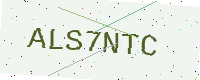
Text: ALS7NTC